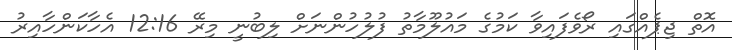
އޮތް ޖިޕެއްގައި ރޯވެފައިވާ ކަމުގެ މައުލޫމާތު ފުލުހުންނަށް ލިބުނީ މިރޭ 12:16 އެހާކަންހާއިރު